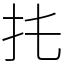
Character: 扥